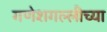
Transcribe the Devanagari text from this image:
गणेशगल्लीच्या